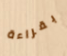
بقراءة